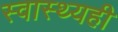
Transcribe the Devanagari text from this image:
स्वास्थ्यही